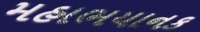
મહાભયાનક